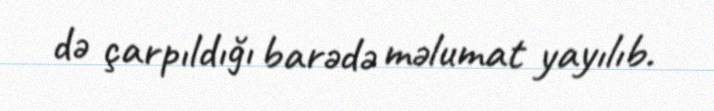
də çarpıldığı barədə məlumat yayılıb.